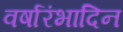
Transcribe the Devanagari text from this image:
वर्षारंभादिन